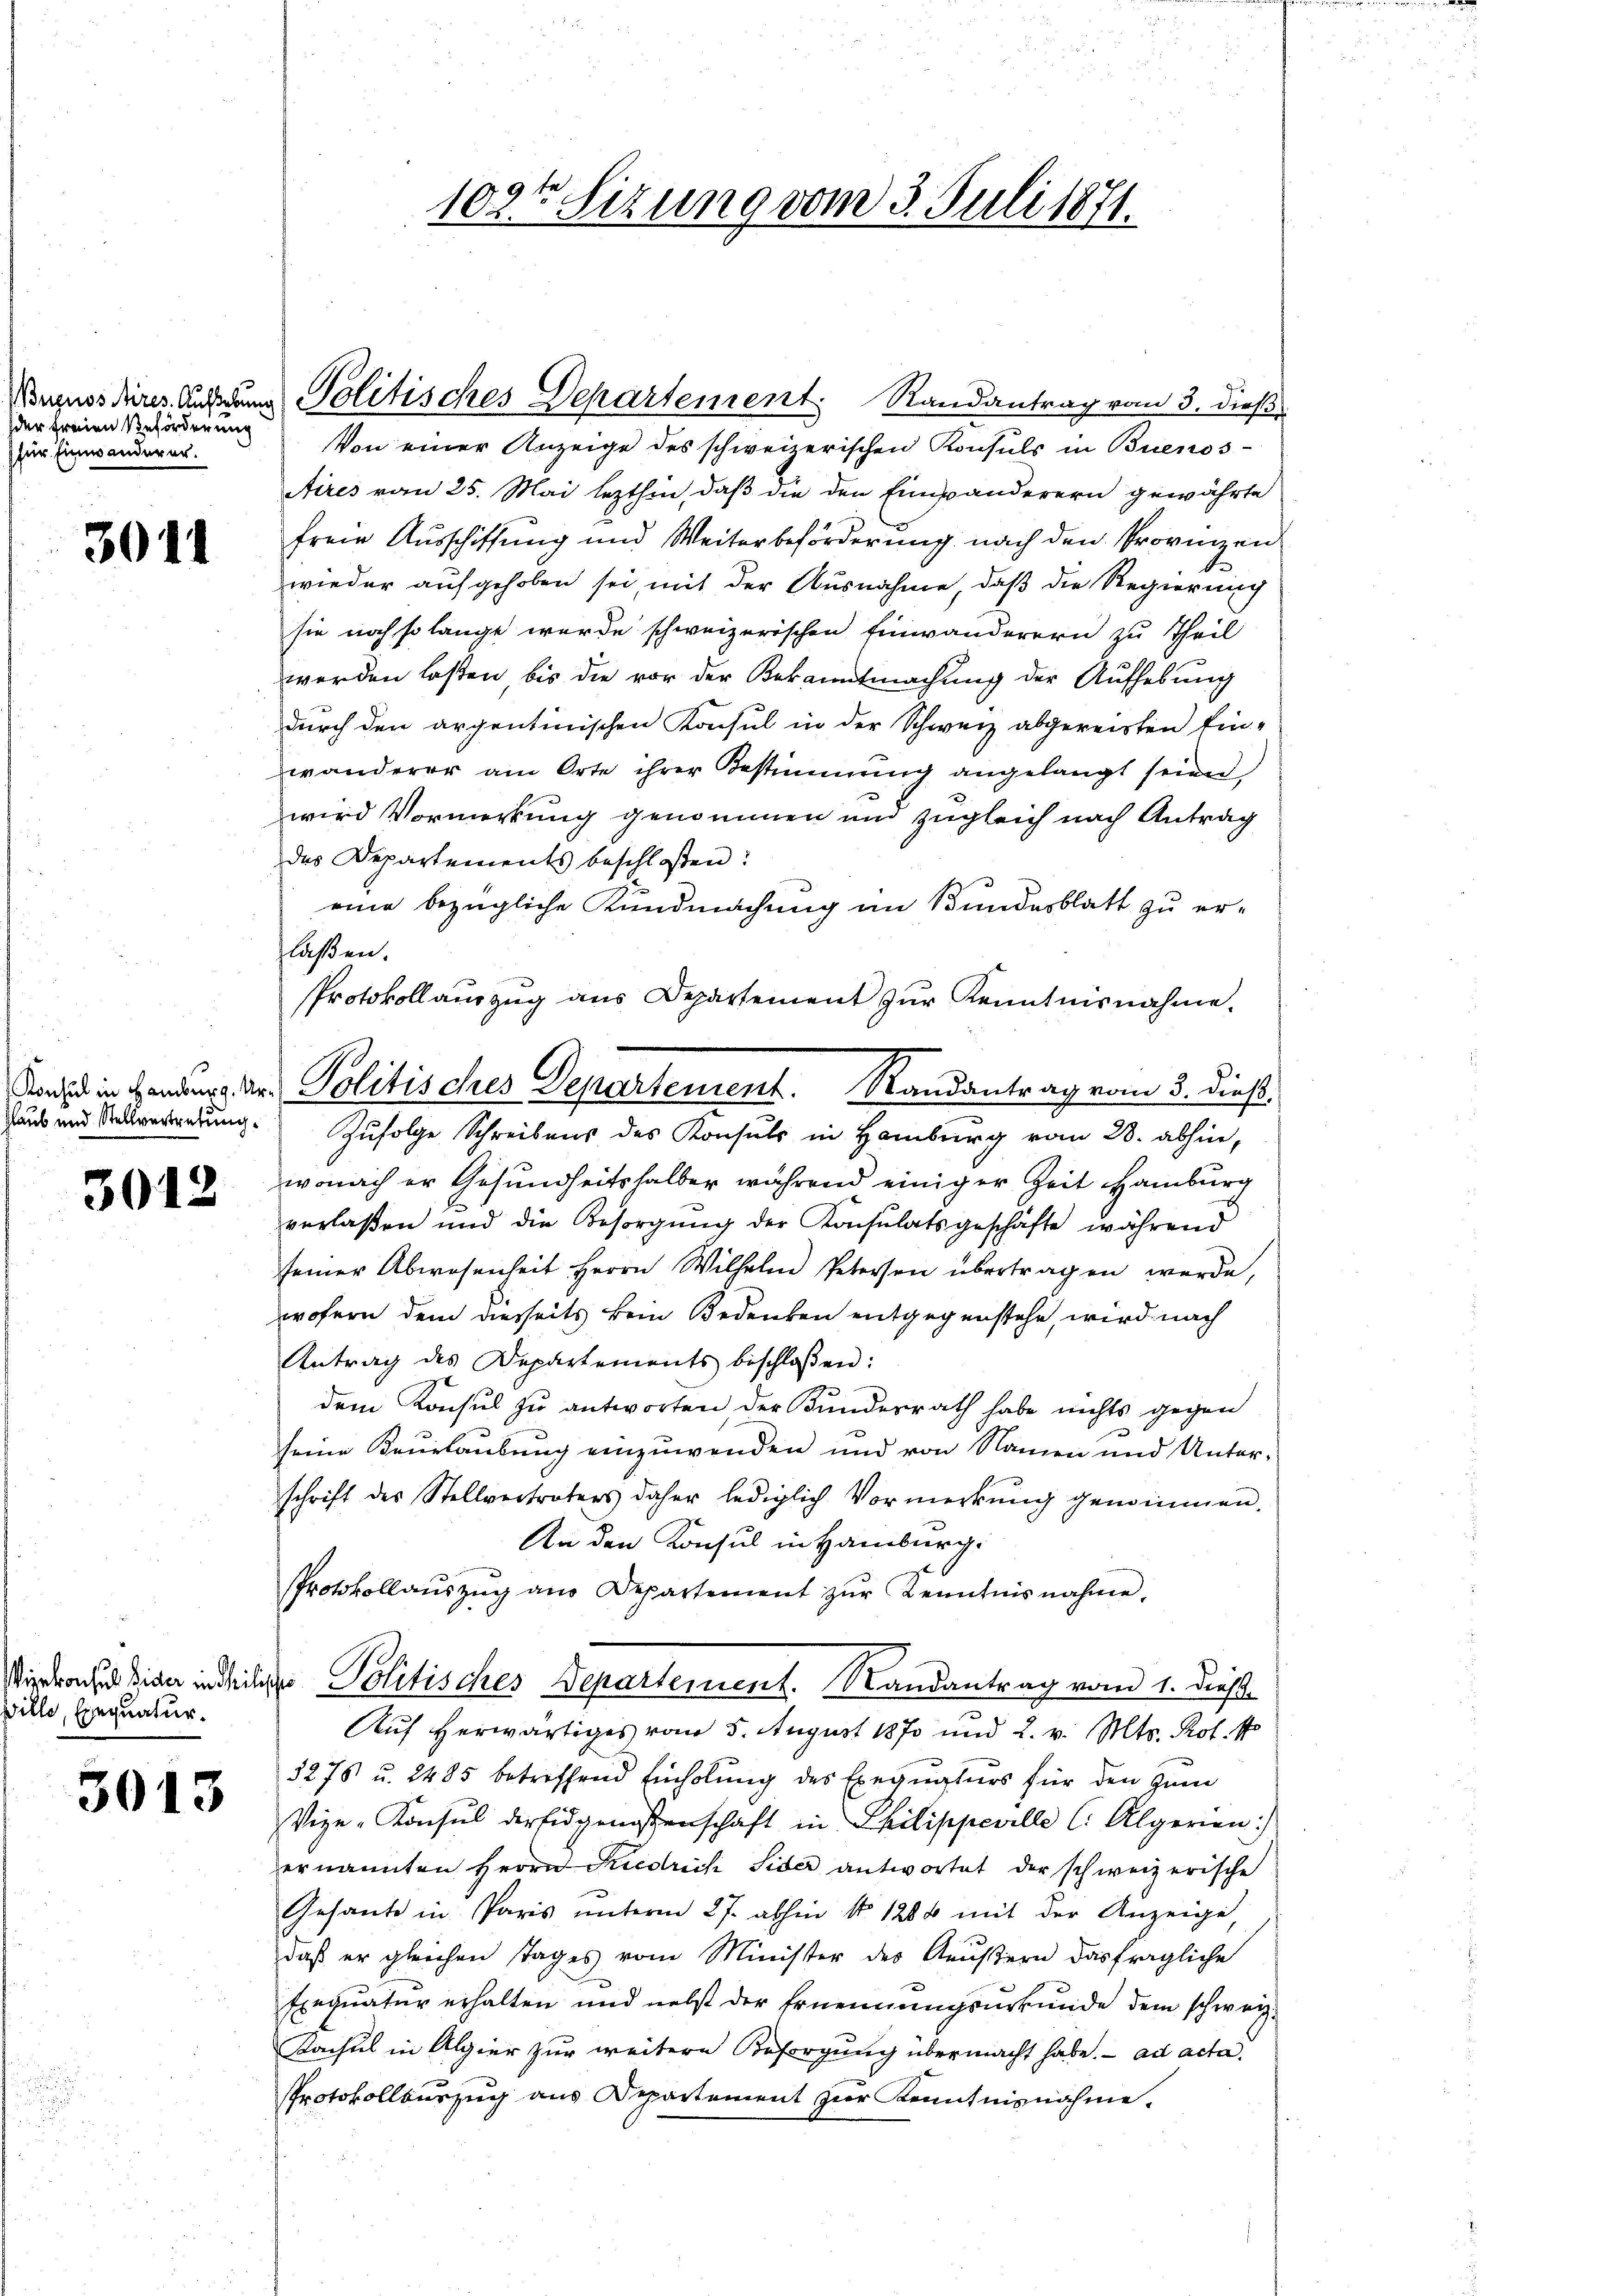
der freien Beförderung
für Einwanderer.

3011

3012

Wille, Exequatur.

3013

Bugnosdires Auf und Politisches Departement. Randantrag vom 3. dieß

id in Handung der Politisches Departement. Randantrag vom 3. dieß.
Haus und Steuerredung. Zŭfolge Schreibens des Konsuls in Hamburg vom 28. abhin,

102ten Sizung vom 3. Juli 1871.

Von einer Anzeige des schweizerischen Konsuls in Buenos-
Aires von 25. Mai lezthin, daß die den Einsänderern gewährte
freie Ausschiffung und Weiterbeförderung nach den Provinzen
wieder aufgehoben sei, mit der Ausnahme, daß die Regierung
sie noch so lange wurde schweizerischen Einwanderern zu Theil
werden laßen bis die vor der Bekanntmachung der Aufhebung
durch den argentinischen Konsul in der Schweiz abgereisten Ein-
wanderer am Orte ihrer Bestimmung angelangt seien
wird Vormerkung genommen und zugleich nach Antrag
des Departements beschloßen:
eine bezügliche Kundmachung im Bundesblatt zu erflaßen.
Protokollauszug aus Departement zŭr Kenntnisnahme.
wonach er Gesundheitshalber während einiger Zeit Hamburg
verlaßen und die Besorgŭng der Konsulatsgeschäfte während
seiner Abwesenheit Herrn Wilhelm Petersen übertragen werde,
wofern dem diesseits kein Bedenken entgegenstehe, wird nach
Antrag des Departements beschlossen:
dem Konsul zu antworten, der Bundesrath habe nichts gegen
seine Beurlaubung einzuwenden und von Namen und Unterschrift des Stellvertreters daher lediglich Vormerkŭng genimmen.
An den Konsul in Hamburg.
Protokollaŭszŭg an Departement zŭr Kenntnisnahme.
Virdronsabian indischer Politisches Departement. Randantrag vom 1. Dieß
Auf herwärtiges vom 5. August 1870 und 2. v. Mts. Prof. M
3275 u. 2485 betreffend Einholung des Exequaturs für den zum
Vize-Konsul der Eidgenossenschaft in Philippeville (: Algerien:
ernannten Herrn Siedrich Sider antwortet der schweizerische
Gesante in Paris ŭnterm 27. abhin No 1288 mit der Anzeige,
daß er gleichen Tages vom Minister des Aeustern das fragliche
Exequatur erhalten und nebst der Ernennungsurkunde dem schweiz.
Kacsul in Algier zur weitere Besorgung übermacht habe. ad acta.
Protokollauszug aus Departement zur Kenntnisnahme.